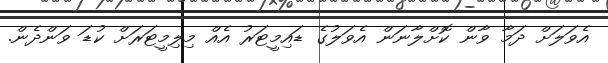
އެވަލަށް ދަމާ ވާން ކޮށްލާނަން އެވަލުގެ ޑައިމީޓަރު އެއް މިލިމީޓަރަށް ކުޑަ ވަންދެން.